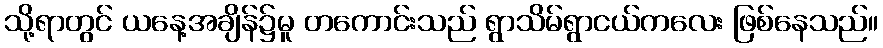
သို့ရာတွင် ယနေ့အချိန်၌မူ တကောင်းသည် ရွာသိမ်ရွာငယ်ကလေး ဖြစ်နေသည်။